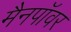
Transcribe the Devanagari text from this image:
मैनपॉवर